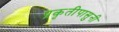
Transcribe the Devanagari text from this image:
प्रकृतीपासुनी